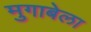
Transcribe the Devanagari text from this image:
मुगाबेला